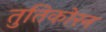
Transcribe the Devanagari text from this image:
तुतिकोरन